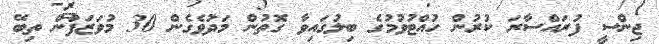
ޖިންސީ ފުރައްސާރަ ކުރުން ހުއްޓުވުމުގެ ބިލުގައިވާ ގޮތުން މަދުވެގެން 30 މުވަޒަފުން ތިބޭ